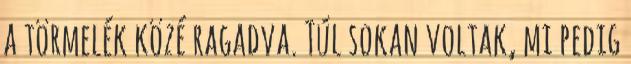
a törmelék közé ragadva. Túl sokan voltak, mi pedig